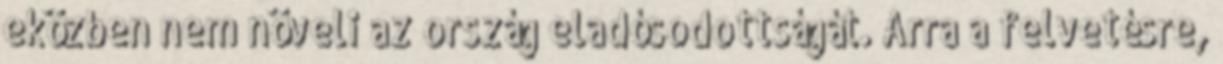
eközben nem növeli az ország eladósodottságát. Arra a felvetésre,